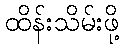
ထိန်းသိမ်းဖို့